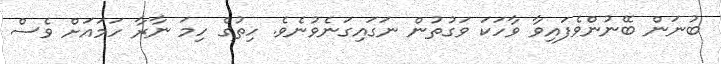
ބުނަން ބޭނުންވެފައިވާ ވާހަކަ ވަގުތުން ނަގައިގަނެވުނެވެ. ހިތުގެ ހިމަ ނާރާ ހަމައަށް ވެސް